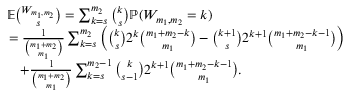
\begin{array} { r l } & { { \mathbb { E } } \binom { W _ { m _ { 1 } , m _ { 2 } } } { s } = \sum _ { k = s } ^ { m _ { 2 } } \binom { k } s { \mathbb { P } } ( W _ { m _ { 1 } , m _ { 2 } } = k ) } \\ & { \, = \frac { 1 } { \binom { m _ { 1 } + m _ { 2 } } { m _ { 1 } } } \sum _ { k = s } ^ { m _ { 2 } } \Big ( \binom { k } s 2 ^ { k } \binom { m _ { 1 } + m _ { 2 } - k } { m _ { 1 } } - \binom { k + 1 } s 2 ^ { k + 1 } \binom { m _ { 1 } + m _ { 2 } - k - 1 } { m _ { 1 } } \Big ) } \\ & { \quad + \frac { 1 } { \binom { m _ { 1 } + m _ { 2 } } { m _ { 1 } } } \sum _ { k = s } ^ { m _ { 2 } - 1 } \binom { k } { s - 1 } 2 ^ { k + 1 } \binom { m _ { 1 } + m _ { 2 } - k - 1 } { m _ { 1 } } . } \end{array}